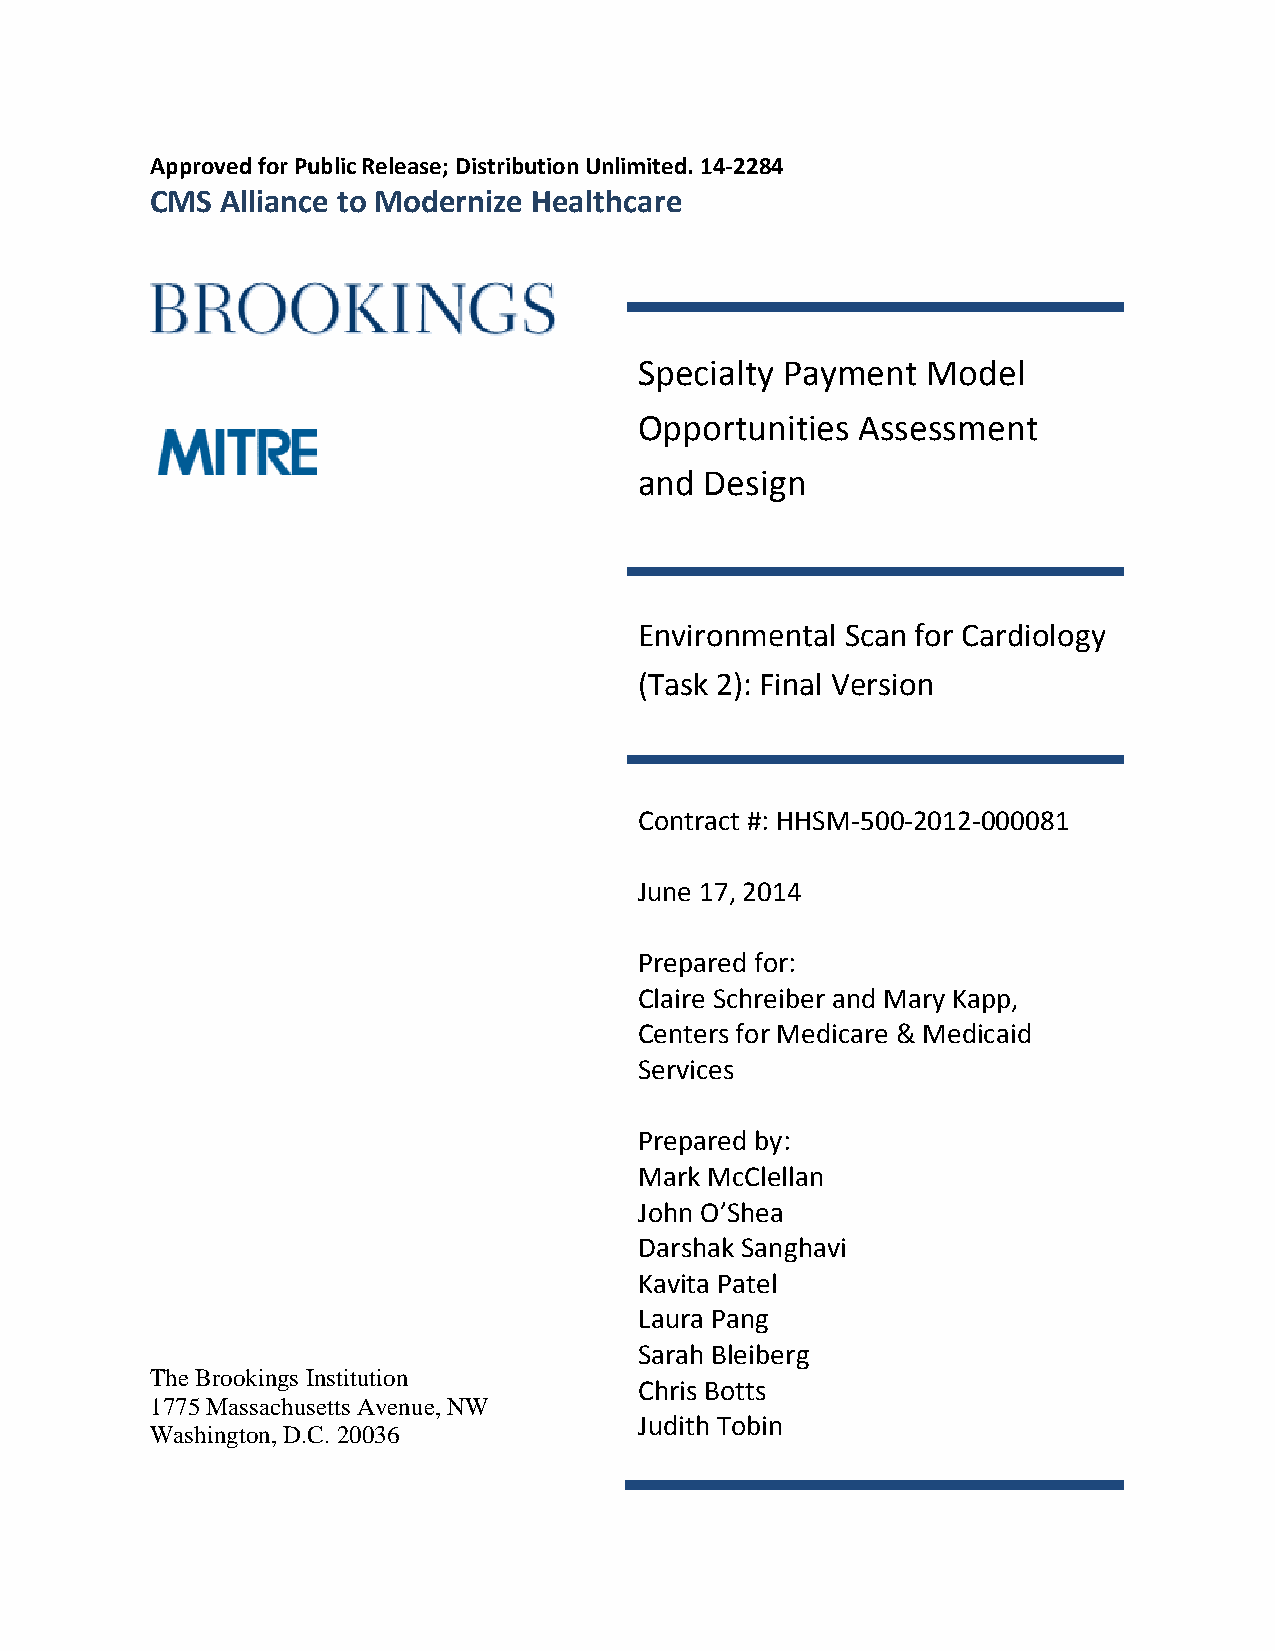
Approved for Public Release; Distribution Unlimited. 14-2284
 CMS  Alliance to Modernize Healthcare
 Specialty Payment  Model
 Opportunities  Assessment
 and  Design
 Environmental Scan for Cardiology
 (Task 2): Final Version
 Contract #: HHSM-500-2012-000081
 June 17, 2014
 Prepared for:
 Claire Schreiber and Mary Kapp,
 Centers for Medicare & Medicaid
 Services
 Prepared by:
 Mark McClellan
 John O’Shea
 Darshak Sanghavi
 Kavita Patel
 Laura Pang
 Sarah Bleiberg
 The Brookings Institution
 Chris Botts
 1775 Massachusetts Avenue, NW
 Judith Tobin
 Washington, D.C. 20036